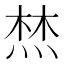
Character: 㷊